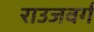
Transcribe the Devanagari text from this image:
राउजवर्ग